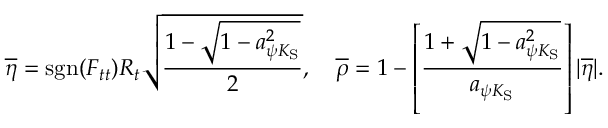
\overline { { { \eta } } } = \mathrm { s g n } ( F _ { t t } ) R _ { t } \sqrt { \frac { 1 - \sqrt { 1 - a _ { \psi K _ { \mathrm { S } } } ^ { 2 } } } { 2 } } , \quad \overline { { { \rho } } } = 1 - \left[ \frac { 1 + \sqrt { 1 - a _ { \psi K _ { \mathrm { S } } } ^ { 2 } } } { a _ { \psi K _ { \mathrm { S } } } } \right] | \overline { { { \eta } } } | .